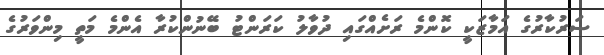
ސަރުކާރުގެ އަމާޒަކީ ކޮންމެ ރަށެއްގައި ދުވާލު ކަރަންޓު ބޭނުންކުރާ އެންމެ މަތީ މިންވަރުގެ